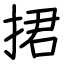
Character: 捃